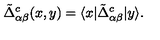
\tilde { \Delta } _ { \alpha \beta } ^ { c } ( x , y ) = \langle x | \tilde { \Delta } _ { \alpha \beta } ^ { c } | y \rangle .